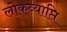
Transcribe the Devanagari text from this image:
लोकव्याप्ति